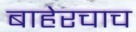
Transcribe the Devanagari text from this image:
बाहेरचाच